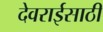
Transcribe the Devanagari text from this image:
देवराईसाठी